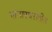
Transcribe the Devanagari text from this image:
भांडारघरातील